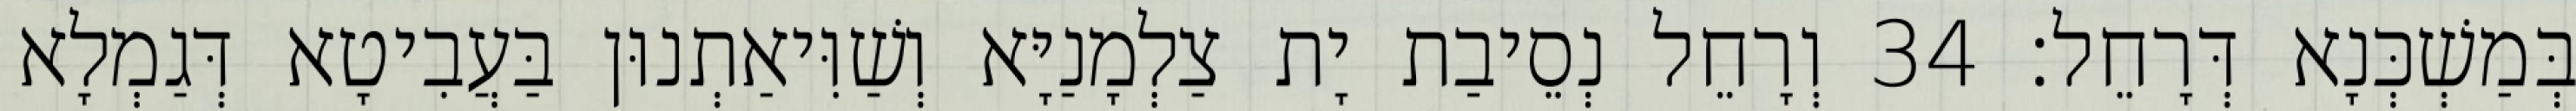
בְּמַשְׁכְּנָא דְּרָחֵל׃ 34 וְרָחֵל נְסֵיבַת יָת צַלְמָנַיָּא וְשַׁוִּיאַתְנוּן בַּעֲבִיטָא דְּגַמְלָא